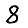
Digit: 8